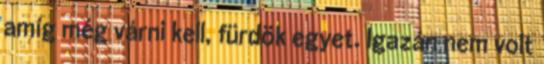
amíg még várni kell, fürdök egyet. Igazán nem volt